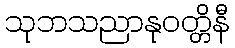
သုဘသညာနုဝတ္တိနီ